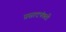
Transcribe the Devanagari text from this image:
प्रसादपंक्ती